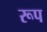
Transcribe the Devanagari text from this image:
रूप